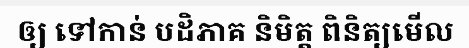
ឲ្យ ទៅកាន់ បដិភាគ និមិត្ត ពិនិត្យមើល